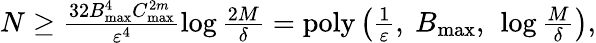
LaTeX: \begin{array}{r}{N\ge\frac{32B_{\mathrm{max}}^{4}C_{\mathrm{max}}^{2m}}{\varepsilon^{4}}\log\frac{2M}{\delta}=\mathrm{poly}\left(\frac{1}{\varepsilon},\ B_{\mathrm{max}},\ \log\frac{M}{\delta}\right),}\end{array}